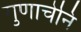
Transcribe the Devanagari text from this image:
गुणाचेनि